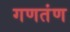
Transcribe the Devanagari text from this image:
गणतंण